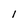
Character: 1